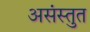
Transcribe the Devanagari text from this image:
असंस्तुत